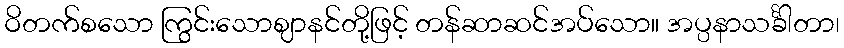
ဝိတက်စသော ကြွင်းသောဈာနင်တို့ဖြင့် တန်ဆာဆင်အပ်သော။ အပ္ပနာသင်္ခါတာ၊